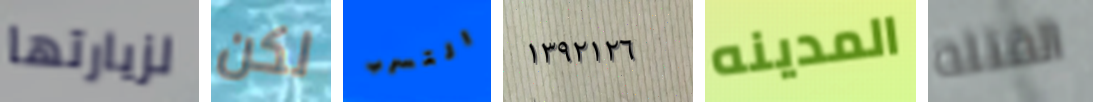
لزيارتها لكن التسرب ١٣٩٢١٢٦ المدينه القتله